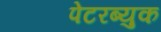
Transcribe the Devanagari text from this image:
पेटरब्युक